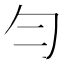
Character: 勻